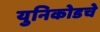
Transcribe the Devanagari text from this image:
युनिकोडचे